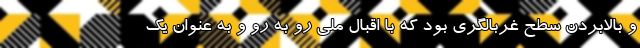
و بالابردن سطح غربالگری بود که با اقبال ملی رو به رو و به عنوان یک